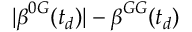
| \boldsymbol { \beta } ^ { 0 G } ( t _ { d } ) | - \boldsymbol { \beta } ^ { G G } ( t _ { d } )